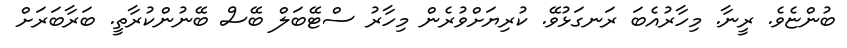
ބުންޏެވެ. ރީނާ. މިހާރުއެބަ ރަނގަޅުވޭ. ކުރިޔަށްވުރެން މިހާރު ސްޓޭބަލް ބޭސް ބޭނުންކުރާތީ. ބަރާބަރަށް